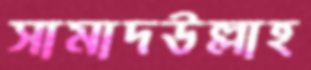
সামাদউল্লাহ